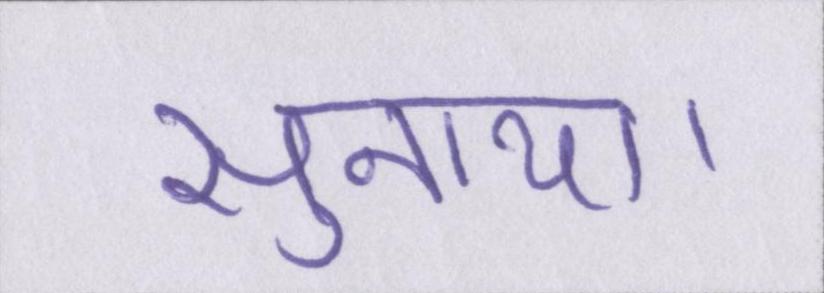
सुनाया।